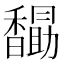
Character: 𮩭